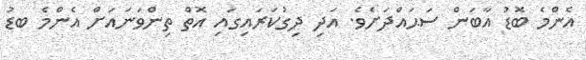
އެންމެ ބޮޑު އާބަން ސަަޙައްދަށެވެ. އަދި ދިގުކަރައިގައި އޮތް ތިންވަނައަށް އެންމެ ބޑު